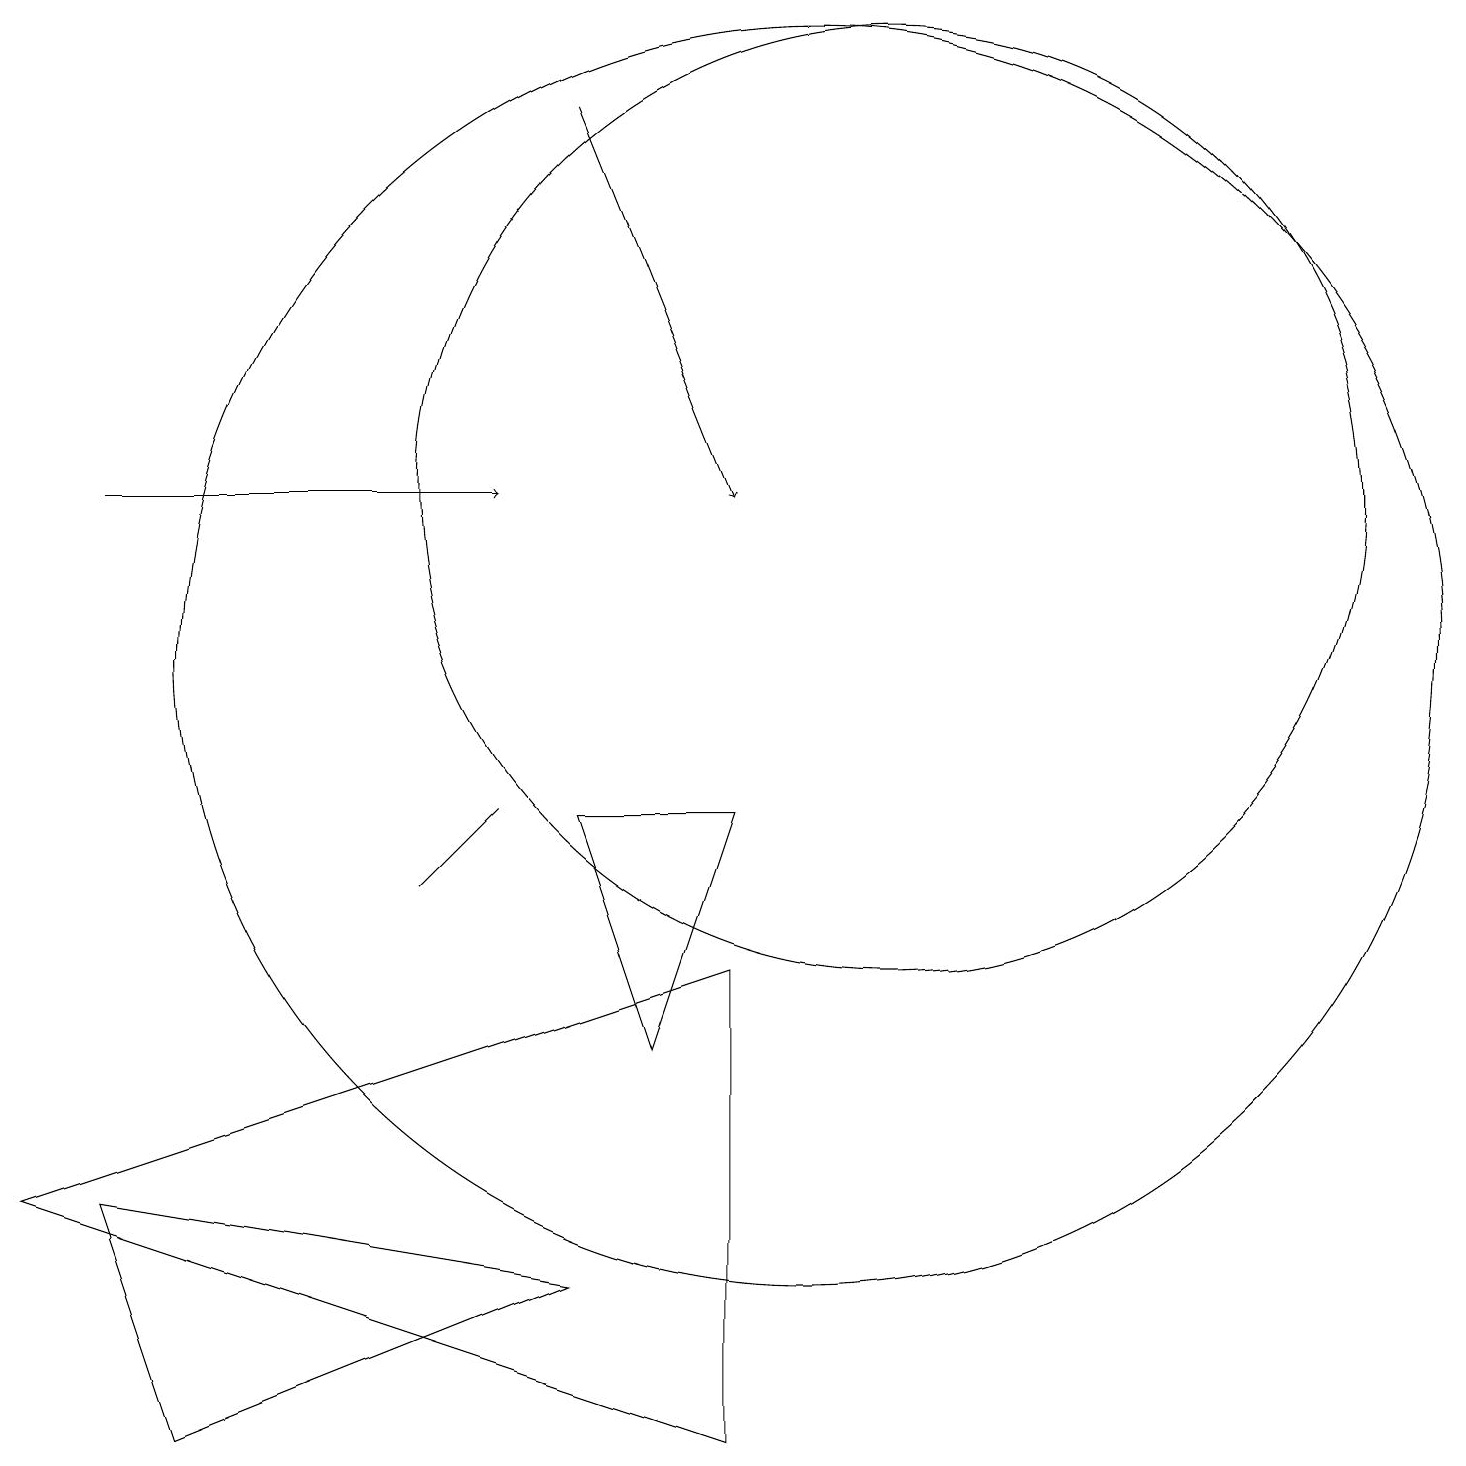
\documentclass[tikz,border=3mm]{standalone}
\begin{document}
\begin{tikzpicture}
\draw[->] (1,12) -- (6,12);
\draw (9,0) -- (0,3) -- (9,6) -- cycle;
\draw (11,12) circle (6);
\draw (2,0) -- (7,2) -- (1,3) -- cycle;
\draw[->] (7,17) -- (9,12);
\draw (9,8) -- (8,5) -- (7,8) -- cycle;
\draw (6,8) -- (5,7) -- (6,8) -- cycle;
\draw (10,10) circle (8);
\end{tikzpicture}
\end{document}